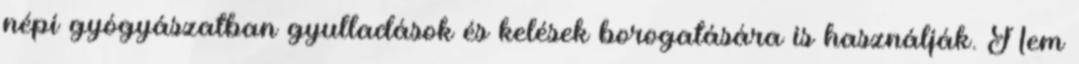
népi gyógyászatban gyulladások és kelések borogatására is használják. Nem